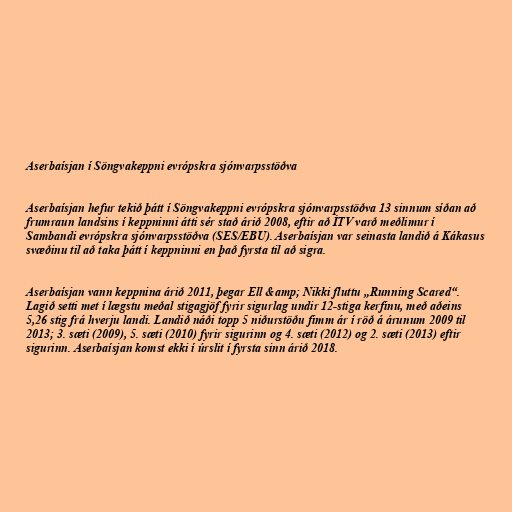
Aserbaísjan í Söngvakeppni evrópskra sjónvarpsstöðva

Aserbaísjan hefur tekið þátt í Söngvakeppni evrópskra sjónvarpsstöðva 13 sinnum síðan að
frumraun landsins í keppninni átti sér stað árið 2008, eftir að İTV varð meðlimur í
Sambandi evrópskra sjónvarpsstöðva (SES/EBU). Aserbaísjan var seinasta landið á Kákasus
svæðinu til að taka þátt í keppninni en það fyrsta til að sigra.

Aserbaísjan vann keppnina árið 2011, þegar Ell &amp; Nikki fluttu „Running Scared“.
Lagið setti met í lægstu meðal stigagjöf fyrir sigurlag undir 12-stiga kerfinu, með aðeins
5,26 stig frá hverju landi. Landið náði topp 5 niðurstöðu fimm ár í röð á árunum 2009 til
2013; 3. sæti (2009), 5. sæti (2010) fyrir sigurinn og 4. sæti (2012) og 2. sæti (2013) eftir
sigurinn. Aserbaísjan komst ekki í úrslit í fyrsta sinn árið 2018.